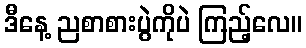
ဒီနေ့ ညစာစားပွဲကိုပဲ ကြည့်လေ။